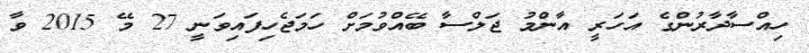
ހިއްސާދާރުންގެ އަހަރީ އާންމު ޖަލްސާ ބޭއްވުމަށް ހަމަޖެހިފައިވަނީ 27 މޭ 2015 ވާާ